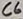
Text: C6